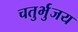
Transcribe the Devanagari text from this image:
चतुर्भुजय